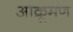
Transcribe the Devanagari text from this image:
आक्रूमण